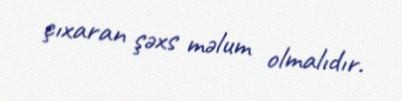
çıxaran şəxs məlum olmalıdır.